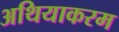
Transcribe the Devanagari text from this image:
अथियाकरम